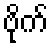
ဗိုက်